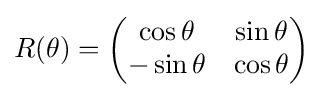
R(\theta )={\begin{pmatrix}\cos \theta &\sin \theta \\-\sin \theta &\cos \theta \end{pmatrix}}